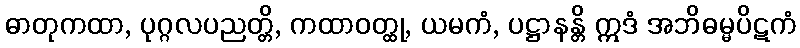
ဓာတုကထာ, ပုဂ္ဂလပညတ္တိ, ကထာဝတ္ထု, ယမကံ, ပဋ္ဌာနန္တိ ဣဒံ အဘိဓမ္မပိဋကံ